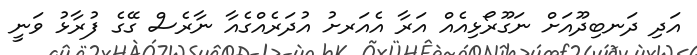
އަދި ދަނބިދޫއަށް ނަގޫރޯޅިއެއް އަރާ އެއަރށު އުދަރެއްގެއާ ނާރެސް ގޭގެ ފުރާޅު ވަނީ